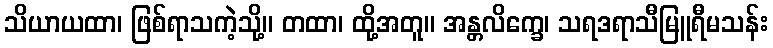
သိယာယထာ၊ ဖြစ်ရာသကဲ့သို့။ တထာ၊ ထို့အတူ။ အန္တလိက္ခေ၊ သရဒရာသီမြူရီမသန်း